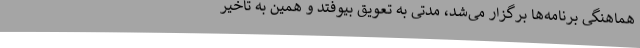
هماهنگی برنامه‌ها برگزار می‌شد، مدتی به تعویق بیوفتد و همین به تأخیر